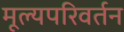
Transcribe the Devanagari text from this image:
मूल्यपरिवर्तन